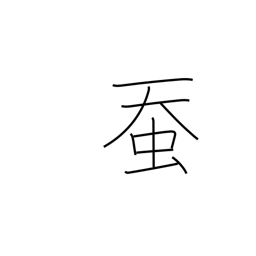
Meaning: silkworm